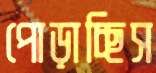
পোড়াচ্ছিস